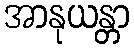
အာနုယန္တာ